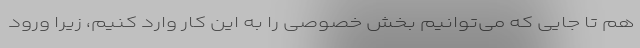
هم تا جایی که می‌توانیم بخش خصوصی را به این کار وارد کنیم، زیرا ورود